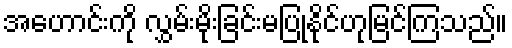
အဟောင်းကို လွှမ်းမိုးခြင်းမပြုနိုင်ဟုမြင်ကြသည်။